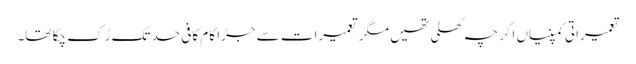
تعمیراتی کمپنیاں اگرچہ کھلی تھیں مگر تعمیرات سے جڑا کام کافی حد تک رُک چکا تھا۔